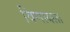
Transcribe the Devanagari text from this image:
विणायला